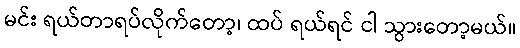
မင်း ရယ်တာရပ်လိုက်တော့၊ ထပ် ရယ်ရင် ငါ သွားတော့မယ်။